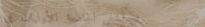
مستشفى الجامعة للأوليات ي